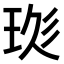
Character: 𤥍